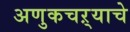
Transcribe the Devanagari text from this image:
अणुकचऱ्याचे